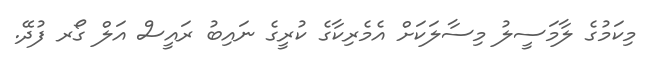
މިކަމުގެ ލާމަސީލު މިސާލަކަށް އެމެރިކާގެ ކުރީގެ ނައިބު ރައީސް އަލް ގޯރ ފުދޭ.